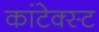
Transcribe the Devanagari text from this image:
कांटेक्स्ट